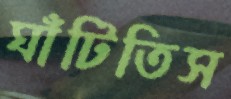
ঘাঁটিতিস